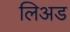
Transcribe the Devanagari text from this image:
लिअड